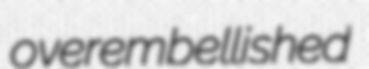
overembellished